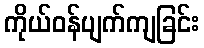
ကိုယ်ဝန်ပျက်ကျခြင်း